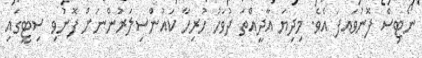
ނޯޓިސް ފޮނުވައފަ އެވެ. މިދިޔަ އާދީއްތަ ދުވަހު ހުރިހާ ކައުންސިލަރުންނަށް ފޮނުވި ސިޓީގައި